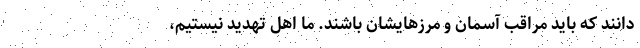
دانند که باید مراقب آسمان و مرزهایشان باشند. ما اهل تهدید نیستیم،